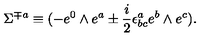
\Sigma ^ { { \mp } a } \equiv ( - e ^ { 0 } \wedge e ^ { a } \pm { \frac { i } { 2 } } \epsilon ^ { a } _ { b c } e ^ { b } \wedge e ^ { c } ) .